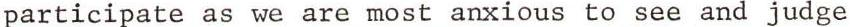
participate as we are most anxious to see and judge